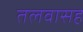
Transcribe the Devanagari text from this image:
तलवासह